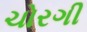
ચોરગી